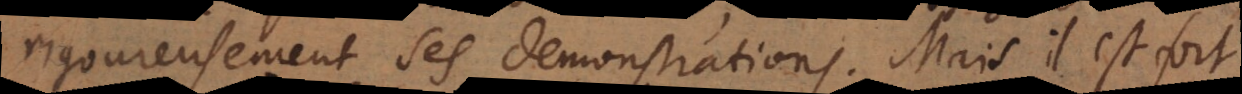
rigoureusement ses demonstrations. Mais il est fort